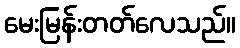
မေးမြန်းတတ်လေသည်။